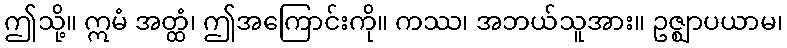
ဤသို့။ ဣမံ အတ္ထံ၊ ဤအကြောင်းကို။ ကဿ၊ အဘယ်သူအား။ ဥဇ္ဈာပယာမ၊